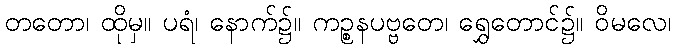
တတော၊ ထိုမှ။ ပရံ၊ နောက်၌။ ကဉ္စနပဗ္ဗတေ၊ ရွှေတောင်၌။ ဝိမလေ၊